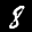
Label: 8